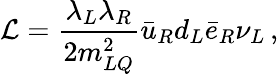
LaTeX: {\cal L}={\frac{\lambda_{L}\lambda_{R}}{2m_{LQ}^{2}}}\bar{u}_{R}d_{L}\bar{e}_{R}\nu_{L}\, ,